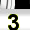
Digit: 3